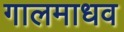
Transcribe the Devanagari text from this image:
गालमाधव